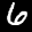
Label: 6